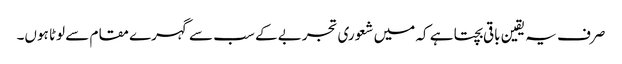
صرف یہ یقین باقی بچتا ہے کہ میں شعوری تجربے کے سب سے گہرے مقام سے لوٹا ہوں۔